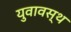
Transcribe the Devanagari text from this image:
युवावस्थ